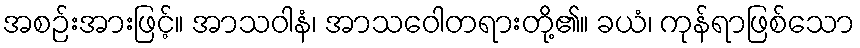
အစဉ်းအားဖြင့်။ အာသဝါနံ၊ အာသဝေါတရားတို့၏။ ခယံ၊ ကုန်ရာဖြစ်သော